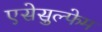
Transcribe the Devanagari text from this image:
एसेसुल्फेम